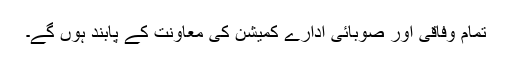
تمام وفاقی اور صوبائی ادارے کمیشن کی معاونت کے پابند ہوں گے۔